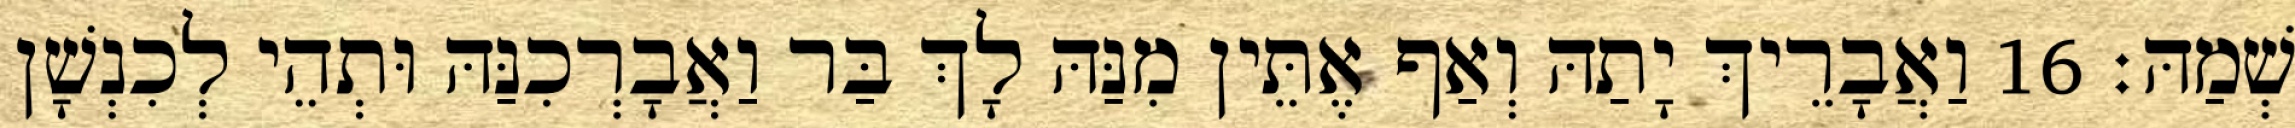
שְׁמַהּ׃ 16 וַאֲבָרֵיךְ יָתַהּ וְאַף אֶתֵּין מִנַּהּ לָךְ בַּר וַאֲבָרְכִנַּהּ וּתְהֵי לְכִנְשָׁן